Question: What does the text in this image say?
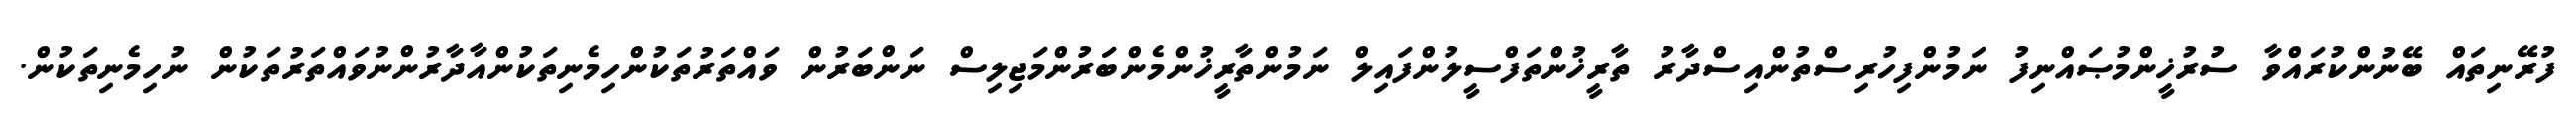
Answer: ފުރޭނިތައް ބޭނުންކުރައްވާ ސުރުޚީންމުޞައްނިފު ނަމުންފިހުރިސްތުންއިސްދާރު ތާރީޚުންތަފްސީލުންފައިލް ނަމުންތާރީޚުންމެންބަރުންމަޖިލިސް ނަންބަރުން ވައްތަރުތަކުންހިމެނިތަކުންއާދާރުންނުވައްތަރުތަކުން ނުހިމެނިތަކުން.